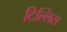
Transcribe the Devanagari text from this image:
टिल्लिस